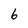
Character: 6